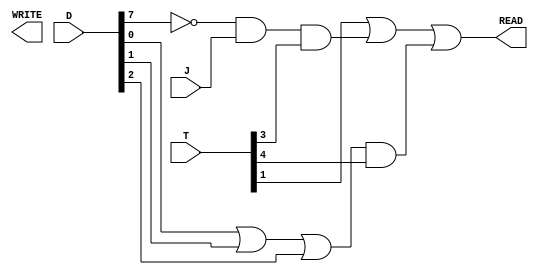
`timescale 1ns / 1ps
//////////////////////////////////////////////////////////////////////////////////
// Company: 
// Engineer: 
// 
// Design Name: 
// Module Name: MEMORY_ARCH
// Project Name: 
// Target Devices: 
// Tool Versions: 
// Description: 
// 
// Dependencies: 
// 
// Revision:
// Revision 0.01 - File Created
// Additional Comments:
// 
//////////////////////////////////////////////////////////////////////////////////


module MEMORY_ARCH ( READ, WRITE, T, D, J);

	input  J;
	input [7:0] D;
	input [5:0] T;
	output  READ, WRITE;

	wire D7n;
	wire M1, M2, M3,M4, M5;

	assign D7n = ~D[7];

	assign M1 =  T[1];
	assign M2 = D7n & J & T[3];
	assign M3= D[0] | D[1] | D[2];
	assign M4= M3 & T[4];
	
	assign READ = M1 | M2 | M4;
    
endmodule